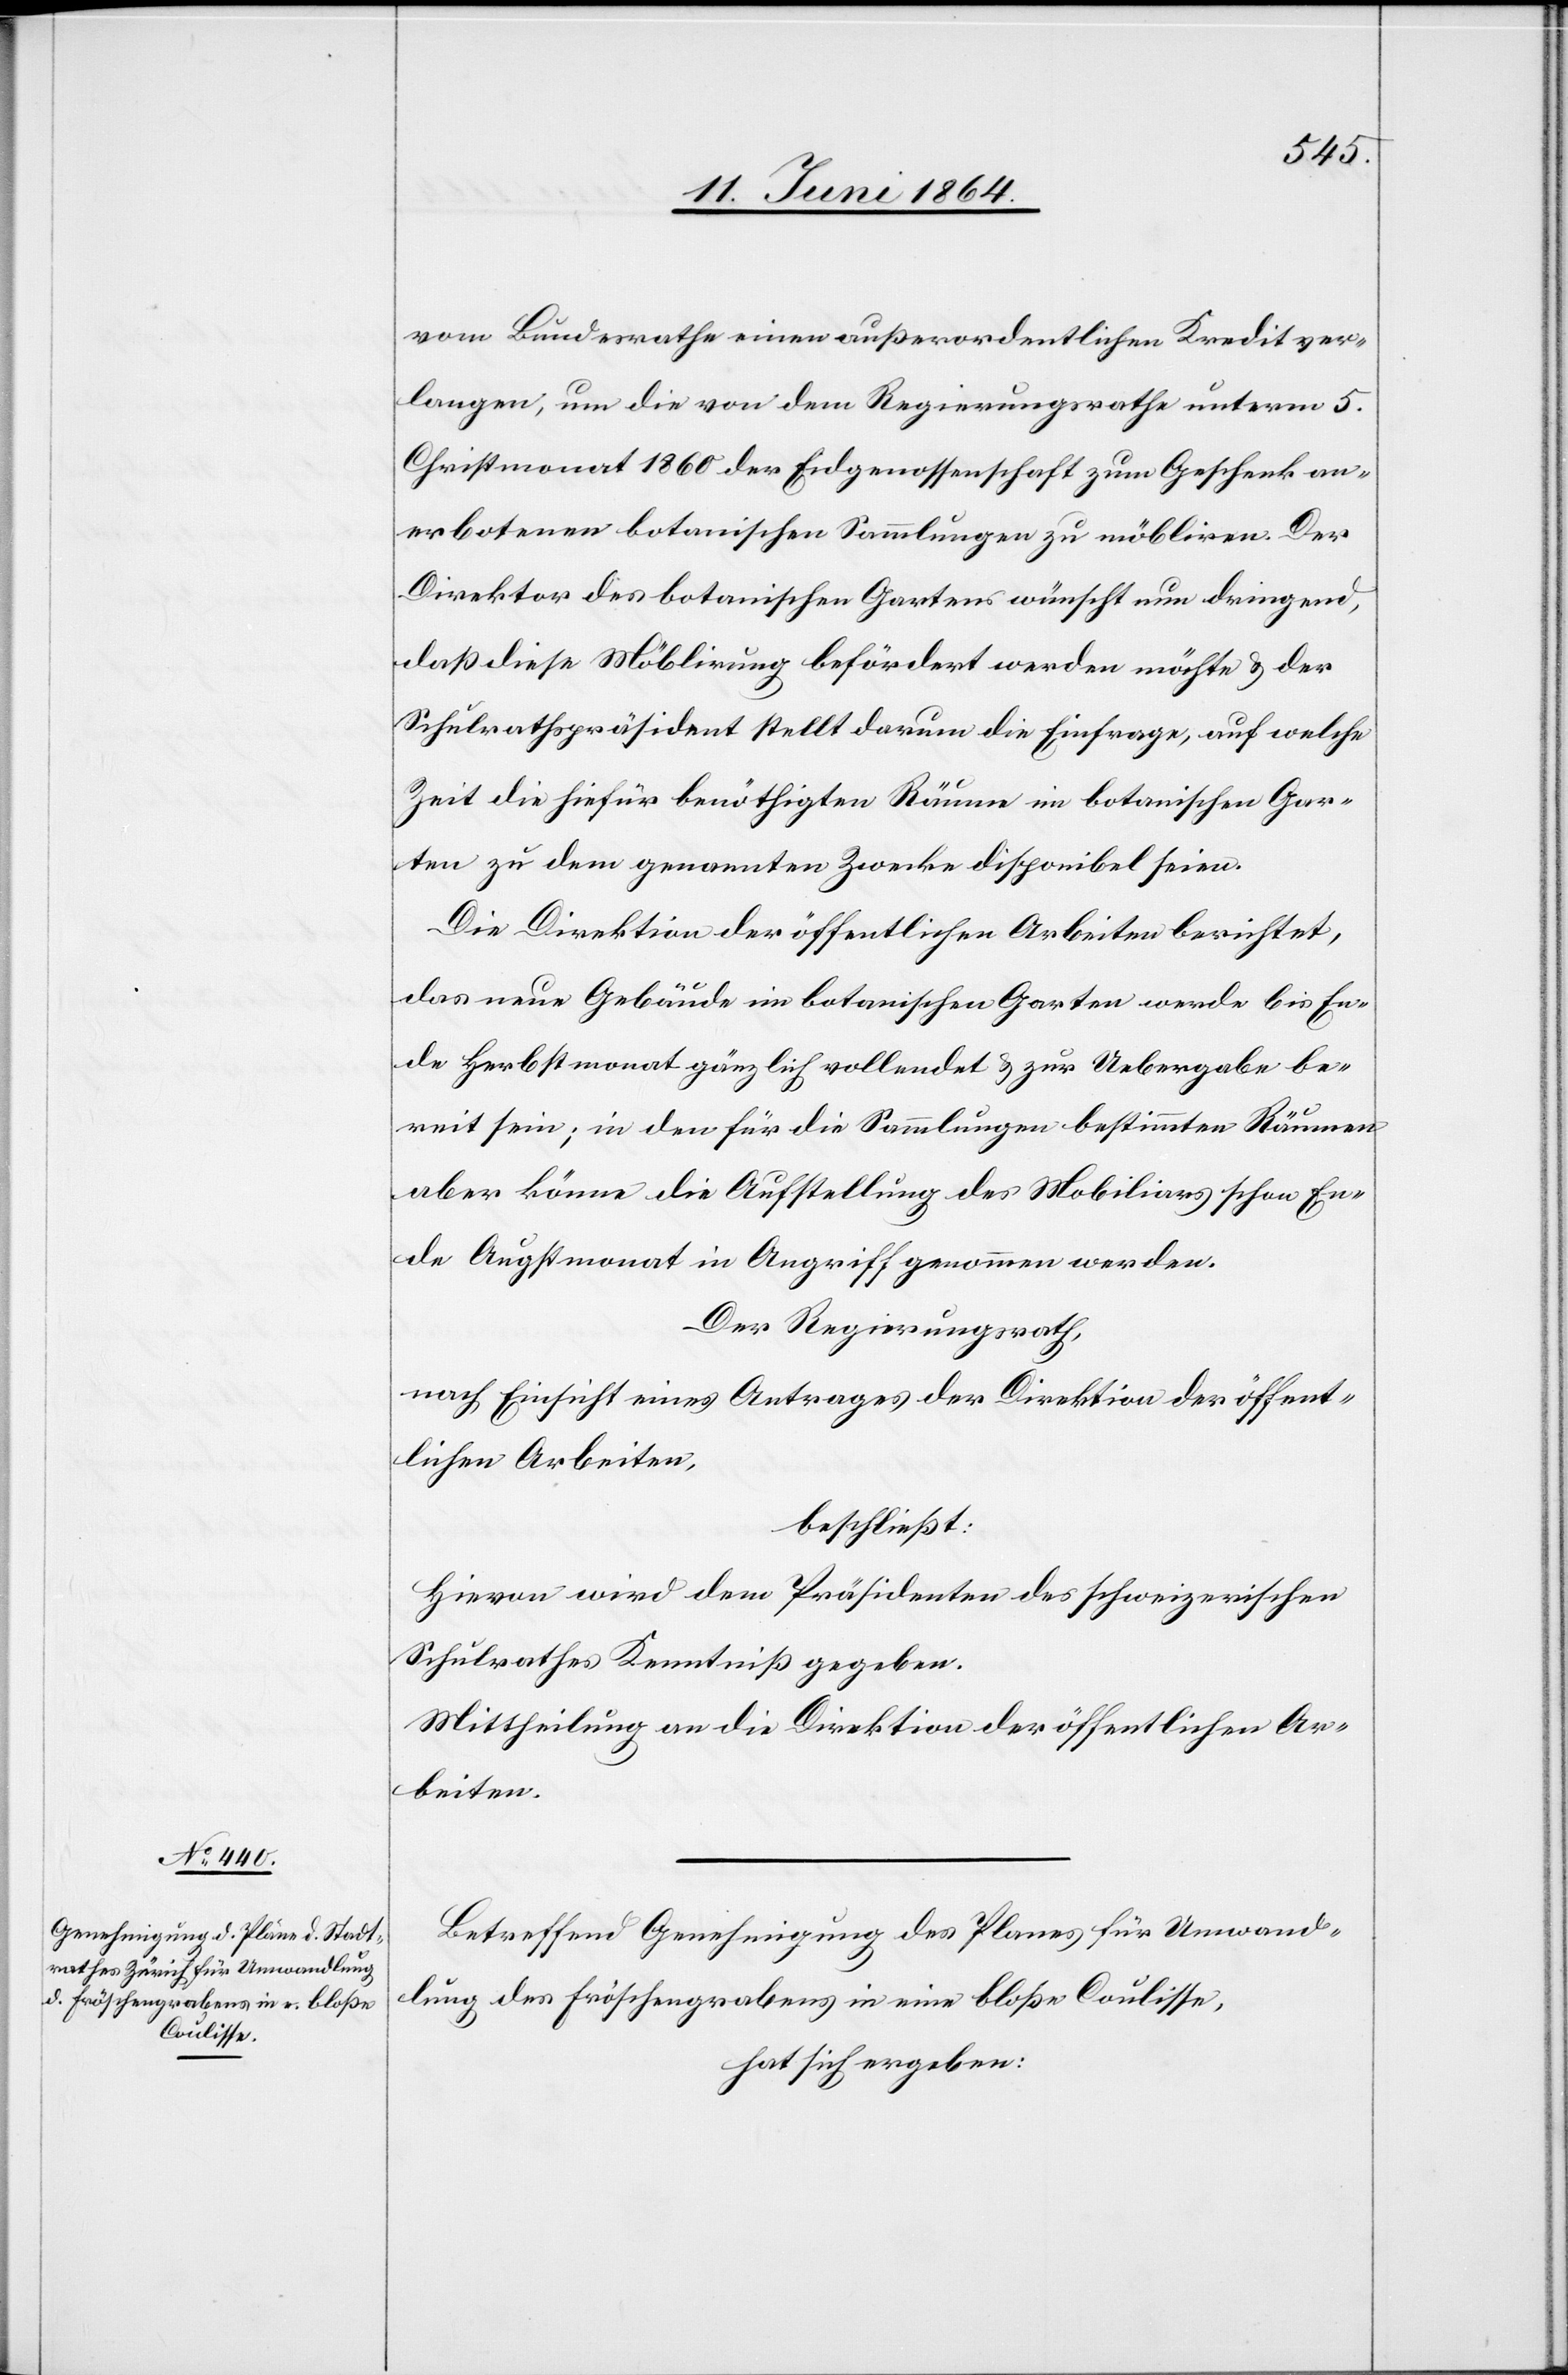
vom Bundesrathe einen außerordentlichen Kredit ver¬
langen, um die von dem Regierungsrathe unterm 5.
Christmonat 1860 der Eidgenossenschaft zum Geschenk an¬
erbotenen botanischen Sammlungen zu möbliren. Der
Direktor des botanischen Gartens wünscht nun dringend,
daß diese Möblirung befördert werden möchte u. der
Schulrathspräsident stellt darum die Einfrage, auf welche
Zeit die hiefür benöthigten Räume im botanischen Gar¬
ten zu dem genannten Zwecke disponibel seien.
Die Direktion der öffentlichen Arbeiten berichtet,
das neue Gebäuße im botanischen Garten werde bis En¬
de Herbstmonat gänzlich vollendet u. zur Uebergabe be¬
reit sein; in den für die Sammlungen bestimmten Räumen
aber könne die Aufstellung des Mobiliars schon En¬
de Augstmonat in Angriff genommen werden.
Der Regierungsrath,
nach Einsicht eines Antrages der Direktion der öffent¬
lichen Arbeiten,
beschließt:
Hievon wird dem Präsidenten des schweizerischen
Schulrathes Kenntniß gegeben.
Mittheilung an die Direktion der öffentlichen Ar¬
beiten.
Betreffend Genehmigung des Planes für Umwand¬
lung des Fröschengrabens in eine bloße Coulisse,
hat sich ergeben: